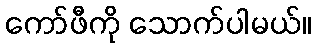
ကော်ဖီကို သောက်ပါမယ်။